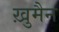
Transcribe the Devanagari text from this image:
ख़ुमैन